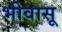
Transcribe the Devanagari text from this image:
भीवासू